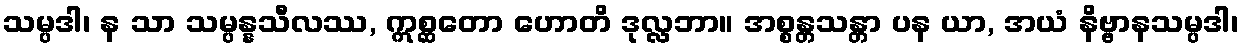
သမ္ပဒါ၊ န သာ သမ္ပန္နသီလဿ, ဣစ္ဆတော ဟောတိ ဒုလ္လဘာ။ အစ္စန္တသန္တာ ပန ယာ, အယံ နိဗ္ဗာနသမ္ပဒါ၊